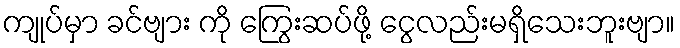
ကျုပ်မှာ ခင်ဗျား ကို ကြွေးဆပ်ဖို့ ငွေလည်းမရှိသေးဘူးဗျာ။